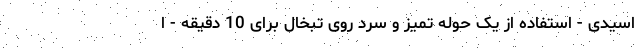
اسیدی - استفاده از یک حوله تمیز و سرد روی تبخال برای 10 دقیقه - ا